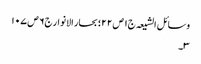
وسائل الشیعہ ج١ ص ٢٢؛ بحار الانوار ج٦ ص ١٠٧
٣۔